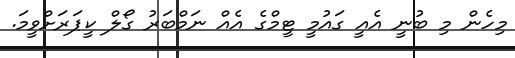
މިހެން މި ބުނީ އެއީ ގައުމީ ޓީމްގެ އެއް ނަމްބަރު ގޯލް ކީޕަރަށްވީމަ.